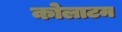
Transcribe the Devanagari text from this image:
कोलाटम